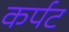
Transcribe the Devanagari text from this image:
कर्पट